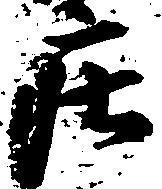
庄